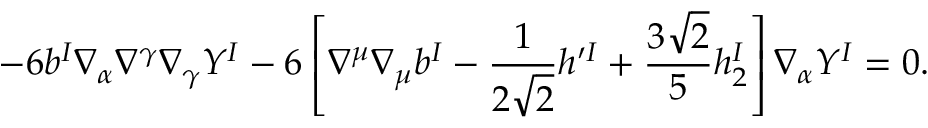
- 6 b ^ { I } \nabla _ { \alpha } \nabla ^ { \gamma } \nabla _ { \gamma } Y ^ { I } - 6 \left[ \nabla ^ { \mu } \nabla _ { \mu } b ^ { I } - \frac { 1 } { 2 \sqrt { 2 } } h ^ { \prime I } + \frac { 3 \sqrt { 2 } } { 5 } h _ { 2 } ^ { I } \right] \nabla _ { \alpha } Y ^ { I } = 0 .